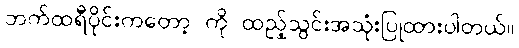
ဘက်ထရီပိုင်းကတော့ ကို ထည့်သွင်းအသုံးပြုထားပါတယ်။